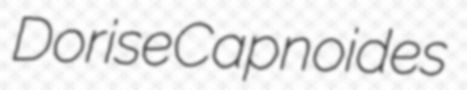
Dorise Capnoides